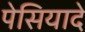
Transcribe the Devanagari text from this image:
पेसियादे